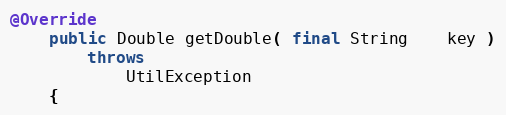
Language: Java
@Override
    public Double getDouble( final String    key )
        throws
            UtilException
    {